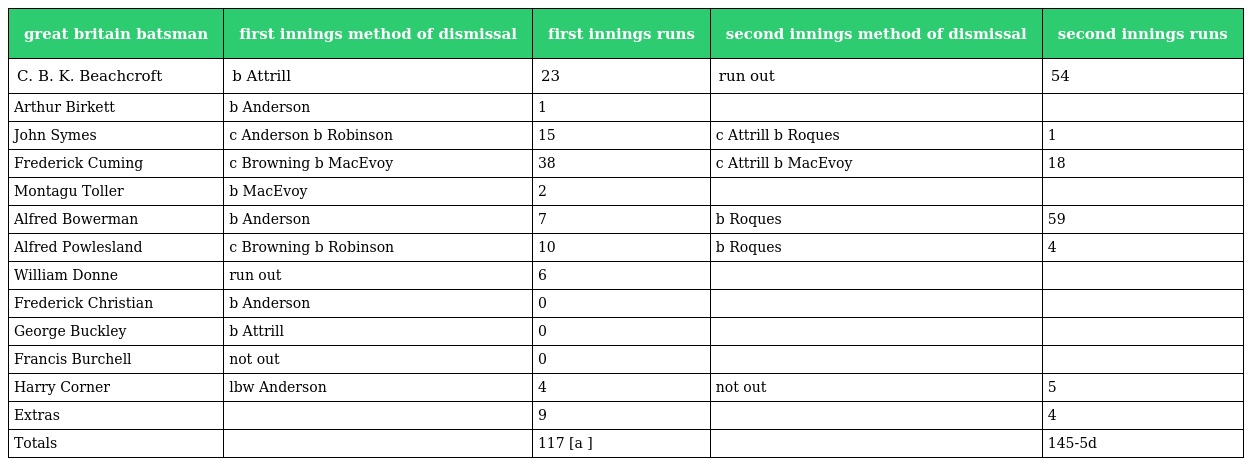
| great britain batsman | first innings method of dismissal | first innings runs | second innings method of dismissal | second innings runs |
 | --- | --- | --- | --- | --- |
 | C. B. K. Beachcroft | b Attrill | 23 | run out | 54 |
 | Arthur Birkett | b Anderson | 1 |  |  |
 | John Symes | c Anderson b Robinson | 15 | c Attrill b Roques | 1 |
 | Frederick Cuming | c Browning b MacEvoy | 38 | c Attrill b MacEvoy | 18 |
 | Montagu Toller | b MacEvoy | 2 |  |  |
 | Alfred Bowerman | b Anderson | 7 | b Roques | 59 |
 | Alfred Powlesland | c Browning b Robinson | 10 | b Roques | 4 |
 | William Donne | run out | 6 |  |  |
 | Frederick Christian | b Anderson | 0 |  |  |
 | George Buckley | b Attrill | 0 |  |  |
 | Francis Burchell | not out | 0 |  |  |
 | Harry Corner | lbw Anderson | 4 | not out | 5 |
 | Extras |  | 9 |  | 4 |
 | Totals |  | 117 [a ] |  | 145-5d |